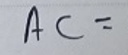
$AC =$